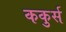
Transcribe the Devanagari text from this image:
ककुर्स